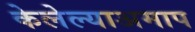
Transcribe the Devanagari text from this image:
केलेल्याअमाप